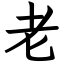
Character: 老